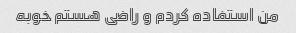
من استفاده کردم و راضی هستم خوبه